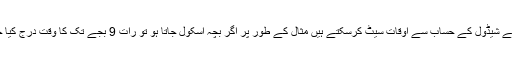
یا پھر ان کے شیڈول کے حساب سے اوقات سیٹ کرسکتے ہیں مثال کے طور پر اگر بچہ اسکول جاتا ہو تو رات 9 بجے تک کا وقت درج کیا جاسکتا ہے۔